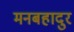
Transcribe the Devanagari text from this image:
मनबहादुर